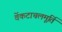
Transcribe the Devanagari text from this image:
वेंकटाचलमूर्ति